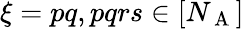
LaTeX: \xi={pq,pqrs\in[N_{\mathrm{~A~}}]}